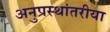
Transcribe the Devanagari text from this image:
अनुप्रस्थांतरीया